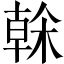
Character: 榦